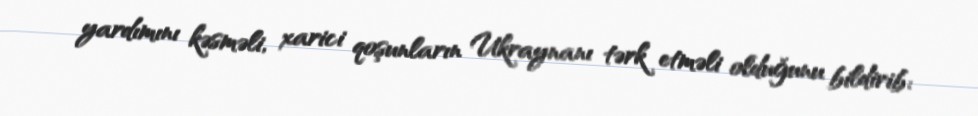
yardımını kəsməli, xarici qoşunların Ukraynanı tərk etməli olduğunu bildirib: